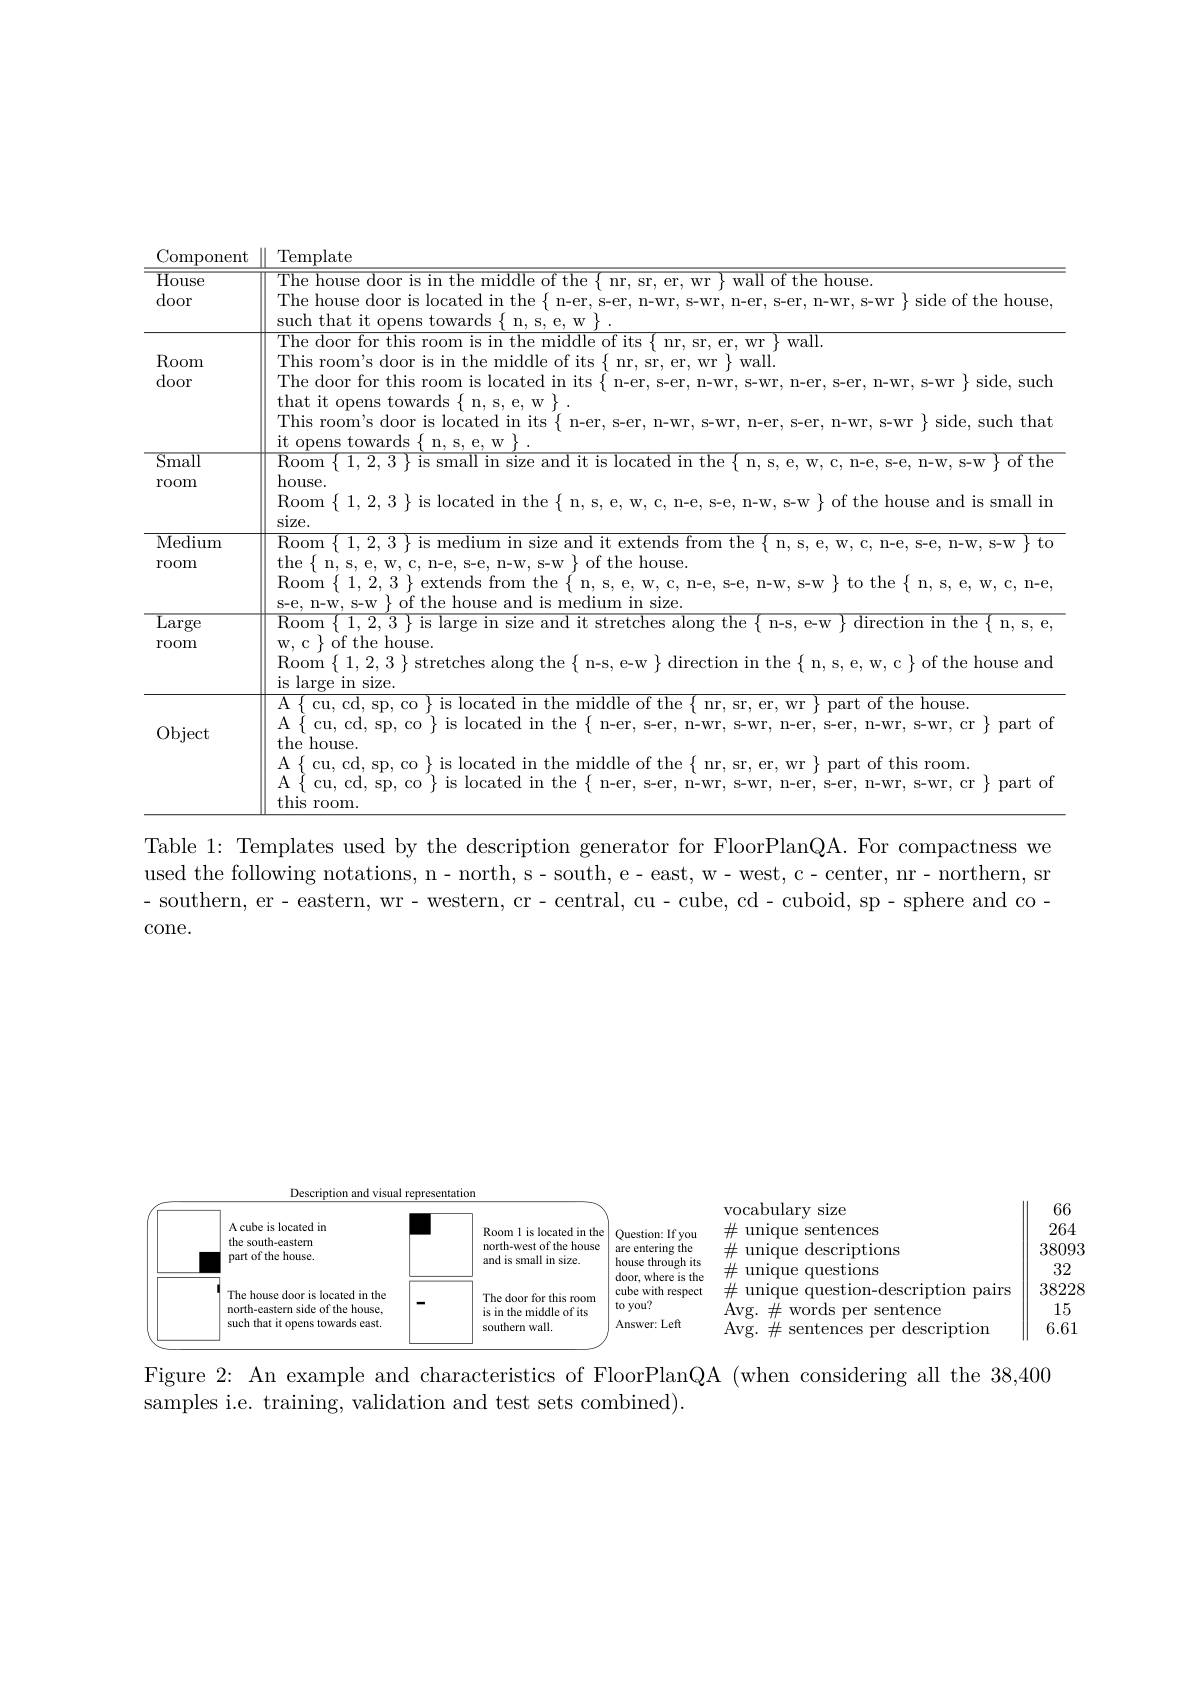
<table>
	<tbody>
		<tr>
			<td>$\overline{\mathrm{House}}$ door</td>
			<td>The house door is in the middle of the $\{$ nr, sr, er, wr$\}$ wall of the house The house door is located in the $\{$ n-er, s-er, n-wr, s-wr, n-er, s-er, n-wr, s-wr $\}$ side of the house such that it opens towards { n, s, e, w}</td>
		</tr>
		<tr>
			<td>$\operatorname{Room}$ door</td>
			<td>The door for this room is in the middle of its $\{$ nr, sr, er, wr $\}$wall. This room's door is in the middle of its $\{$ nr, sr, er, wr $\}$ wall. The door for this room is located in its $\{$ n-er, s-er, n-wr, s-wr, n-er, s-er, n-wr, s-wr $\}$ side, such that it opens towards $\{$ n, s, e, w $\}$ This room's door is located in its $\{$ n-er, s-er, n-wr, s-wr, n-er, s-er, n-wr, s-wr $\}$ side, such that</td>
		</tr>
		<tr>
			<td>${\mathrm{Small}}$</td>
			<td>$\overline{\mathrm{Room}}$ $\overline{\mathrm{of~the}}$</td>
		</tr>
		<tr>
			<td>011001 rom</td>
			<td>house Room $\{$ 1,2,3 $\}$ is located in the $\{$ n, s, e, w, c, n-e, s-e, n-w, s-w $\}$ of the house and is small ir $\sin_{2}$</td>
		</tr>
		<tr>
			<td>Medium</td>
			<td>$\operatorname{Room}\{$ I- W, S- W $\{$to</td>
		</tr>
		<tr>
			<td>rom</td>
			<td>the$\{$n, s,e,w,c,n-e,s-e,n-w,s-w$\}$o of the house. Room $\{$ 1, 2, 3 \} extends from the $\{$ n, s, e, w, c, n-e, s-e, n-w, s-w $\}$ to the \{ n, s, e, w, c, n-e s-e, n-w, s-w $\}$ of the house and is medium in size.</td>
		</tr>
		<tr>
			<td>$\operatorname{Large}$ room</td>
			<td>w, c \} of the house. $\operatorname{rom}$ It stretcnes along tno ${:}\left\{\mathrm{~n-s,~e-w}\right.$ Room $\{$ 1, 2, 3 $\}$ stretches along the $\{$ n- s, e- w $\}$ direction in the $\{$ n, s, e, w, c $\}$ of the house and is large in size</td>
		</tr>
		<tr>
			<td>Object</td>
			<td>the house $A$ cu, cd, sp, co is located in the $\{$ n-er, s-er, n-wr, s-wr, - er, s- er, n- wr, s- wr, cr $\} part or s.$ A $A$ $\{$ cu, cd, sp, co $\}$ is located in the $\{$ n-er, s-er, n-wr, s-wr, n-er, s-er, n-wr, s-wr, cr $\}$ part ot ${[\mathrm{~cu,~cd,~sp,~co}]}$ ls located p e muddle ot the ${\mathrm{e}}\left\{{\mathrm{~nr,~sr,~er,~wr~}}\right\}{\mathrm{~part~of~this~room}}$ this s room</td>
		</tr>
	</tbody>
</table>
Table 1: Templates used by the description generator for FloorPlanQA. For compactness we

used the following notations, n- north, s- south, e- east, w- west, c- center, nr- northern, sr - southern, er- eastern, wr- western, cr- central, cu- cube, cd- cuboid, sp- sphere and cocone.

<FigureHere>

Figure 2: An example and characteristics of FloorPlanQA (when considering all the 38,400
samples i.e. training, validation and test sets combined).